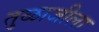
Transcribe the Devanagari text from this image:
तुळाजीला